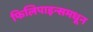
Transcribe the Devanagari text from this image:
फिलिपाइन्समधून